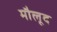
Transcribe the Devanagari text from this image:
मौलूद